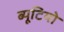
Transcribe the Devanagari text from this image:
ब्यूटियो